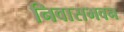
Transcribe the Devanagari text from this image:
निवासभवन